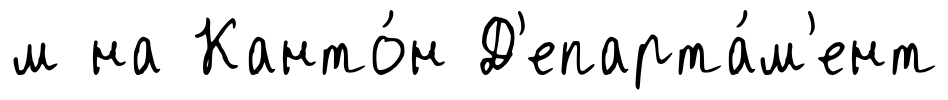
м на Канто́н Д'епарта́м'ент